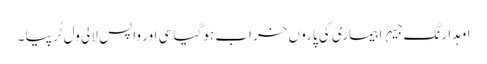
اوہدا رنگ جیہڑا بیماری کی پارو ں خراب ہو گیا سی اور واپس لالی ول ٹُر پیا ۔